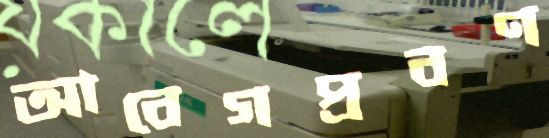
আবেগপ্রবণ